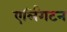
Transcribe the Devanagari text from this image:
एर्लिंगटन